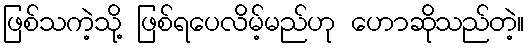
ဖြစ်သကဲ့သို့ ဖြစ်ရပေလိမ့်မည်ဟု ဟောဆိုသည်တဲ့။